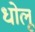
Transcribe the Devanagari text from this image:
धोलू